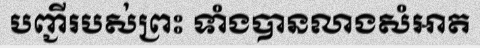
បញ្ជីរបស់ព្រះ ទាំងបានលាងសំអាត